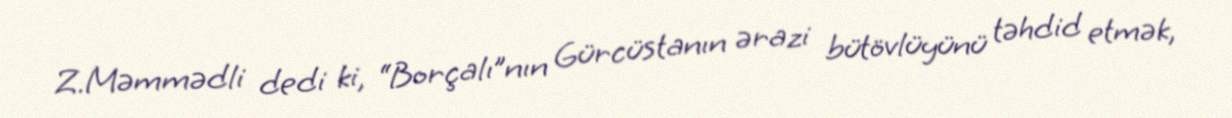
Z.Məmmədli dedi ki, “Borçalı”nın Gürcüstanın ərazi bütövlüyünü təhdid etmək,